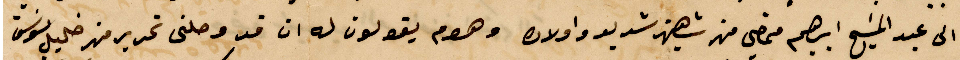
الى عبد المسيح إبراهيم ممضي من شهين شديد وأولاده وهوم يقولون له ان قد وصلني تحرير من خليلي موسى